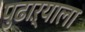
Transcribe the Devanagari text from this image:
पुढाऱ्याला